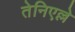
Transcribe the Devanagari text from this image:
तेनिएल्ले